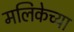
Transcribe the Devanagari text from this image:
मलिकेच्या